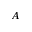
A